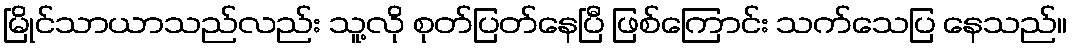
မြိုင်သာယာသည်လည်း သူ့လို စုတ်ပြတ်နေပြီ ဖြစ်ကြောင်း သက်သေပြ နေသည်။